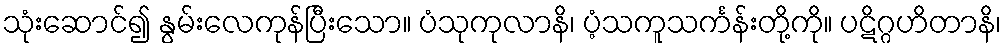
သုံးဆောင်၍ နွမ်းလေကုန်ပြီးသော။ ပံသုကုလာနိ၊ ပံ့သကူသင်္ကန်းတို့ကို။ ပဋိဂ္ဂဟိတာနိ၊